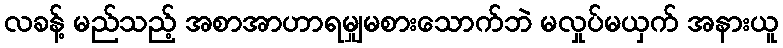
လခန့် မည်သည့် အစာအာဟာရမျှမစားသောက်ဘဲ မလှုပ်မယှက် အနားယူ